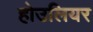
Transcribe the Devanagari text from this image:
होउलियर